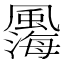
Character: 𩘫